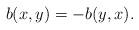
LaTeX: \begin{align*}b(x,y)=-b(y,x).\end{align*}